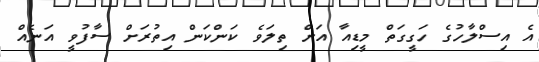
އެ އިސްލާހުގެ ހަގީގަތް މީޑިއާ އަށް ތިލަވެ ކަންކަން އިތުރަށް ސާފުވީ އަނެއް